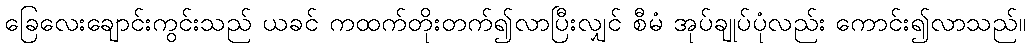
ခြေလေးချောင်းကွင်းသည် ယခင် ကထက်တိုးတက်၍လာပြီးလျှင် စီမံ အုပ်ချုပ်ပုံလည်း ကောင်း၍လာသည်။